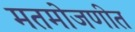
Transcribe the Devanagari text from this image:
मतमोजणीत